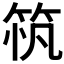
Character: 𥭂